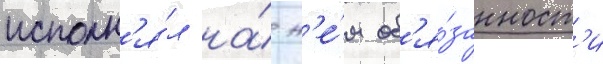
исполн'я́л на́ н'е́м об'я́занност'и